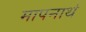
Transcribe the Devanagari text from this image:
मापनार्थ